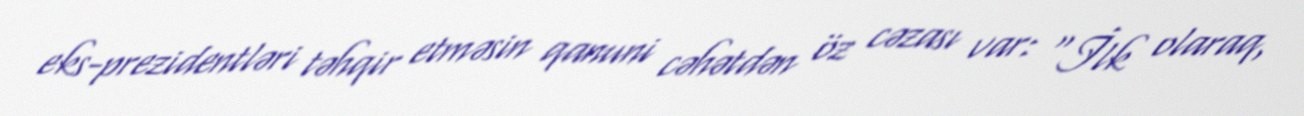
eks-prezidentləri təhqir etməsin qanuni cəhətdən öz cəzası var: “İlk olaraq,